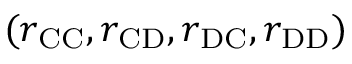
( r _ { \mathrm { C C } } , r _ { \mathrm { C D } } , r _ { \mathrm { D C } } , r _ { \mathrm { D D } } )